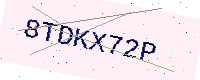
Text: 8TDKX72P